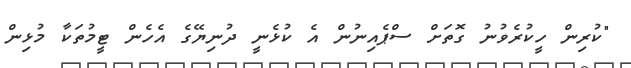
"ކުރިން ހީކުރެވުނު ގޮތަށް ސްޕެއިނުން އެ ކުޅެނީ ދުނިޔޭގެ އެހެން ޓީމުތަކާ މުޅިން